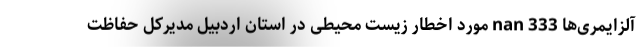
آلزایمری‌ها nan 333 مورد اخطار زیست محیطی در استان اردبیل مدیرکل حفاظت